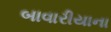
બાવારીયાના